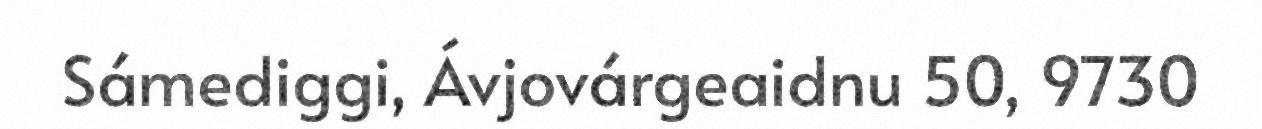
Sámediggi, Ávjovárgeaidnu 50, 9730